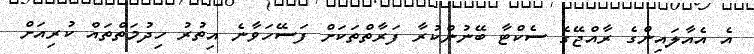
އެ އެއާލައިންގެ ރާއްޖޭގެ ސެކްޓާ ބޭނުންކުރާ ފަރާތްތަކަށް ފަސޭހަވާނެ އިތުރު ހިދުމަތްތައް ކުރިއަށް